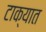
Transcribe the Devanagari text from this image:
टाक्‍यात